Scottish Leaving Certificate Examination, 1960
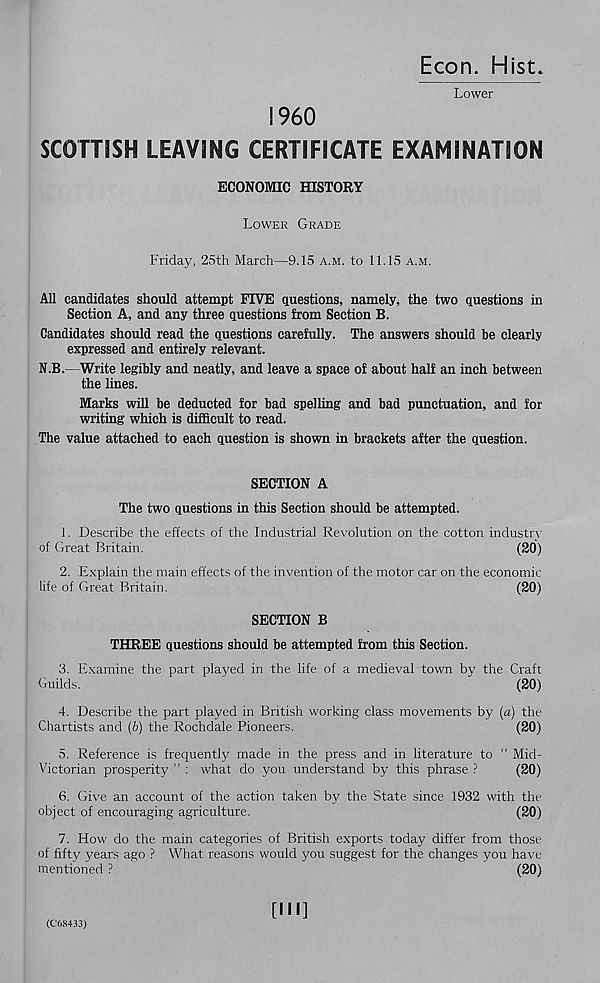
Econ. Hist
Lower
I960
SCOTTISH LEAVING CERTIFICATE EXAMINATION
ECONOMIC HISTORY
Lower Grade
Friday, 25th March—9.15 a.m. to 11.15 a.m.
All candidates should attempt FIVE questions, namely, the two questions in
Section A, and any three questions from Section B.
Candidates should read the questions carefully. The answers should be clearly
expressed and entirely relevant.
N.B.—Write legibly and neatly, and leave a space of about half an inch between
the lines.
Marks will be deducted for bad spelling and bad punctuation, and for
writing which is difficult to read.
The value attached to each question is shown in brackets after the question.
SECTION A
The two questions in this Section should be attempted.
1. Describe the effects of the Industrial Revolution on the cotton industrv
of Great Britain.
(20)
2. Explain the main effects of the invention of the motor car on the economic
life of Great Britain.
(20)
SECTION B
THREE questions should be attempted from this Section.
3. Examine the part played in the life of a medieval town by the Craft
Guilds.
(20)
4. Describe the part played in British working class movements by (a) the
Chartists and (b) the Rochdale Pioneers.
(20)
5. Reference is frequently made in the press and in literature to " Mid-
Victorian prosperity ” : what do you understand by this phrase ?
(20)
6. Give an account of the action taken by the State since 1932 with the
object of encouraging agriculture.
(20)
7. How do the main categories of British exports today differ from those
of fifty years ago ? What reasons would you suggest for the changes you have
mentioned ?
(20)
[Ml]
(C68433)